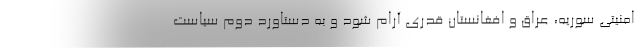
امنیتی سوریه، عراق و افغانستان قدری آرام شود و به دستاورد دوم سیاست